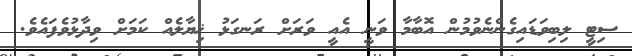
ސިޓީ ލިބިވަޑައިގެންނެވުމުން އޮބާމާ ވަނީ އެއީ ވަރަށް ރަނގަޅު ޚިޔާލެއް ކަމަށް ވިދާޅުވެފައެވެ.